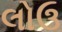
લોઉ